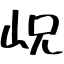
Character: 岲